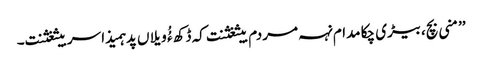
’’منی بچ،بیڑی چکا مدام نہہ مردم بیثغثنت کہ ڈکھ ءُُ ویلاں پد ہمیذا سربیثغثنت۔